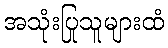
အသုံးပြုသူများထံ